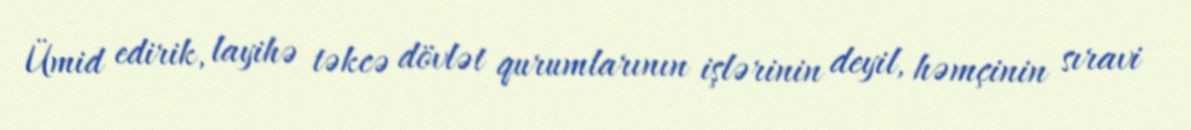
Ümid edirik, layihə təkcə dövlət qurumlarının işlərinin deyil, həmçinin sıravi